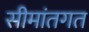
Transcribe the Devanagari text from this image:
सीमांतगत